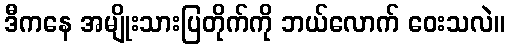
ဒီကနေ အမျိုးသားပြတိုက်ကို ဘယ်လောက် ဝေးသလဲ။